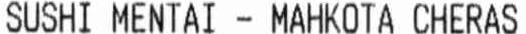
SUSHI MENTAI - MAHKOTA CHERAS